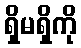
ရှိမရှိကို